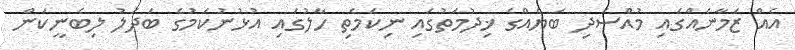
އެއް ޒަމާނެއްގައި މުއްސަދި ބަޔެއްގެ ޚިދުމަތުގައި ނިކަމެތި ހާލުގައި އުޅުނުކަމުގެ ބަދަލު ލިބެނީކަން